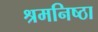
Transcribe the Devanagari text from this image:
श्रमनिष्ठा